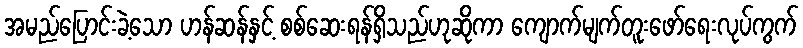
အမည်ပြောင်းခဲ့သော ဟန်ဆန်နှင့် စစ်ဆေးရန်ရှိသည်ဟုဆိုကာ ကျောက်မျက်တူးဖော်ရေးလုပ်ကွက်